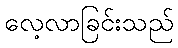
လေ့လာခြင်းသည်